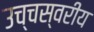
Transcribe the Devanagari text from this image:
उच्चस्वरीय